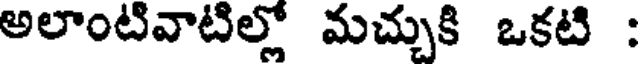
అలాంటివాటిల్లో మచ్చుకి ఒకటి :